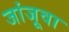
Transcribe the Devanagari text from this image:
जांजूवा